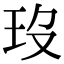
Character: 𤣻